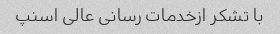
با تشکر ازخدمات رسانی عالی اسنپ